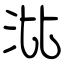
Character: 沘